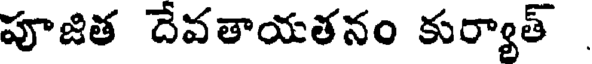
పూజిత దేవతాయతనం కుర్యాత్